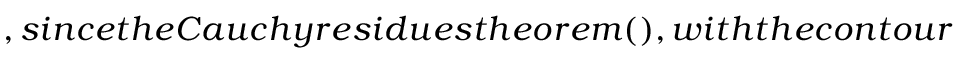
, s i n c e t h e C a u c h y r e s i d u e s t h e o r e m ( ) , w i t h t h e c o n t o u r